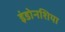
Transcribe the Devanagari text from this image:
इंडोनशिया